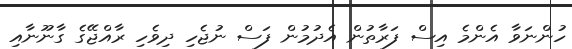
ހުންނަވާ އެންމެ އިސް ފަރާތުން އެދުމުން ފަސް ނުޖެހި ދިވެހި ރާއްޖޭގެ ގާނޫނާއި